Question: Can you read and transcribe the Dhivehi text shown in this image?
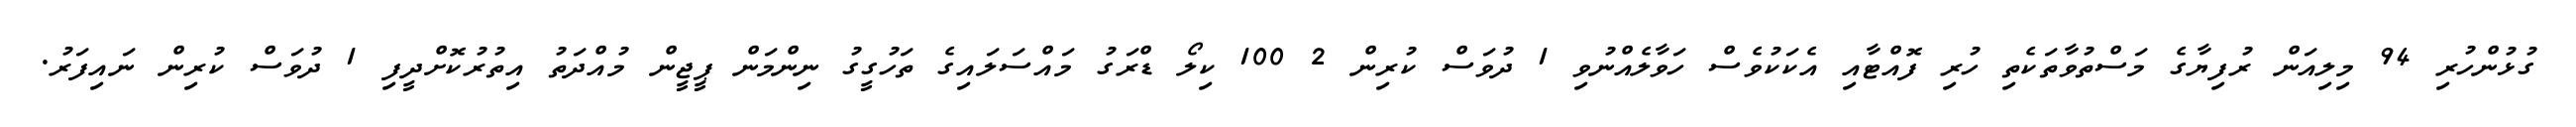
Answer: ގުޅުންހުރި 94 މިލިއަން ރުފިޔާގެ މަސްތުވާތަކެތި ހުރި ފޮއްޓާއި އެކަކުވެސް ހަވާލެއްނުވި 1 ދުވަސް ކުރިން 2 100 ކިލޯ ޑްރަގު މައްސަލައިގެ ތަހުގީގު ނިންމަން ޕީޖީން މުއްދަތު އިތުރުކޮށްދީފި 1 ދުވަސް ކުރިން ނައިފަރު.